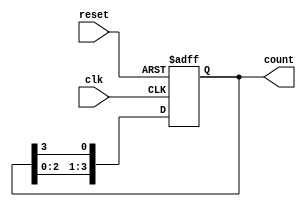
module ring_counter #(
    parameter N = 4  // Number of stages (can be configured)
)(
    input wire clk,      // Clock input
    input wire reset,    // Asynchronous reset
    output reg [N-1:0] count // Output representing the current state of the counter
);

// Internal variable to store the next state
reg [N-1:0] next_count;

always @(posedge clk or posedge reset) begin
    if (reset) begin
        // Initialize the counter to '100...0'
        count <= (1'b1 << (N-1)); // Set only the highest bit to '1'
    end else begin
        // Shift the ring counter to the right
        count <= {count[N-2:0], count[N-1]};
    end
end

endmodule